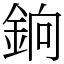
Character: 銄